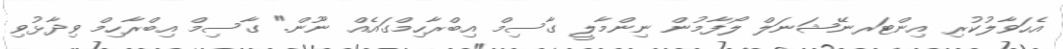
އެހަވާލުކުރި އިންޓަރނޭޝަނަލް ލޯފާމުން ނިންމާލީ ގާސިމް އިބްރާހިމްގައެއް ނޫން." ގާސިމް އިބްރާހިމް ވިދާޅުވި